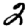
Digit: 2